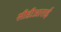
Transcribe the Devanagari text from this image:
सीडीआराई